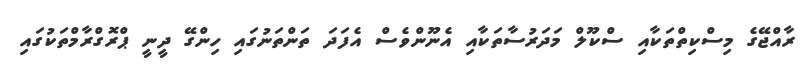
ރާއްޖޭގެ މިސްކިތްތަކާއި ސްކޫލް މަދަރުސާތަކާއި އެނޫންވެސް އެފަދަ ތަންތަނުގައި ހިންގޭ ދީނީ ޕްރޮގްރާމްތަކުގައި